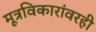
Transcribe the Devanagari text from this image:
मूत्रविकारांवरही